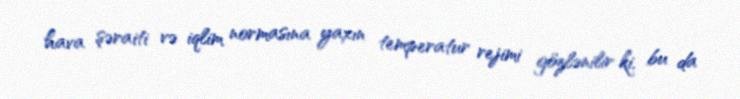
hava şəraiti və iqlim normasına yaxın temperatur rejimi gözlənilir ki, bu da